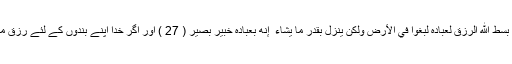
اور جو کافر ہیں ان کے لئے سخت عذاب ہےوَلَوْ بَسَطَ اللَّهُ الرِّزْقَ لِعِبَادِهِ لَبَغَوْا فِي الْأَرْضِ وَلَٰكِن يُنَزِّلُ بِقَدَرٍ مَّا يَشَاءُ ۚ إِنَّهُ بِعِبَادِهِ خَبِيرٌ بَصِيرٌ ( 27 ) اور اگر خدا اپنے بندوں کے لئے رزق میں فراخی کردیتا تو زمین میں فساد کرنے لگتے۔